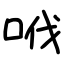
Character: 𠲎